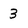
Character: 3